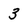
Character: 3